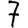
Digit: 7